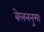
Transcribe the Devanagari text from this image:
बेलननुमा